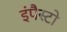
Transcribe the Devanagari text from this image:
इंपैस्टो